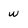
Character: W